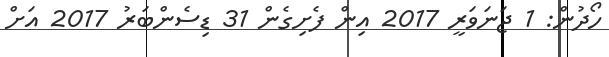
ހޯދުން: 1 ޖަނަވަރީ 2017 އިން ފެށިގެން 31 ޑިސެންބަރު 2017 އަށް